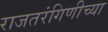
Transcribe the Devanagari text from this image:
राजतरंगिणीच्या